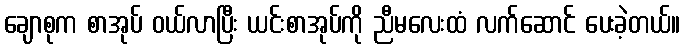
ချောစုက စာအုပ် ဝယ်လာပြီး ယင်းစာအုပ်ကို ညီမလေးထံ လက်ဆောင် ပေးခဲ့တယ်။